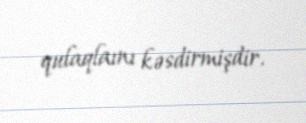
qulaqlaını kəsdirmişdir.